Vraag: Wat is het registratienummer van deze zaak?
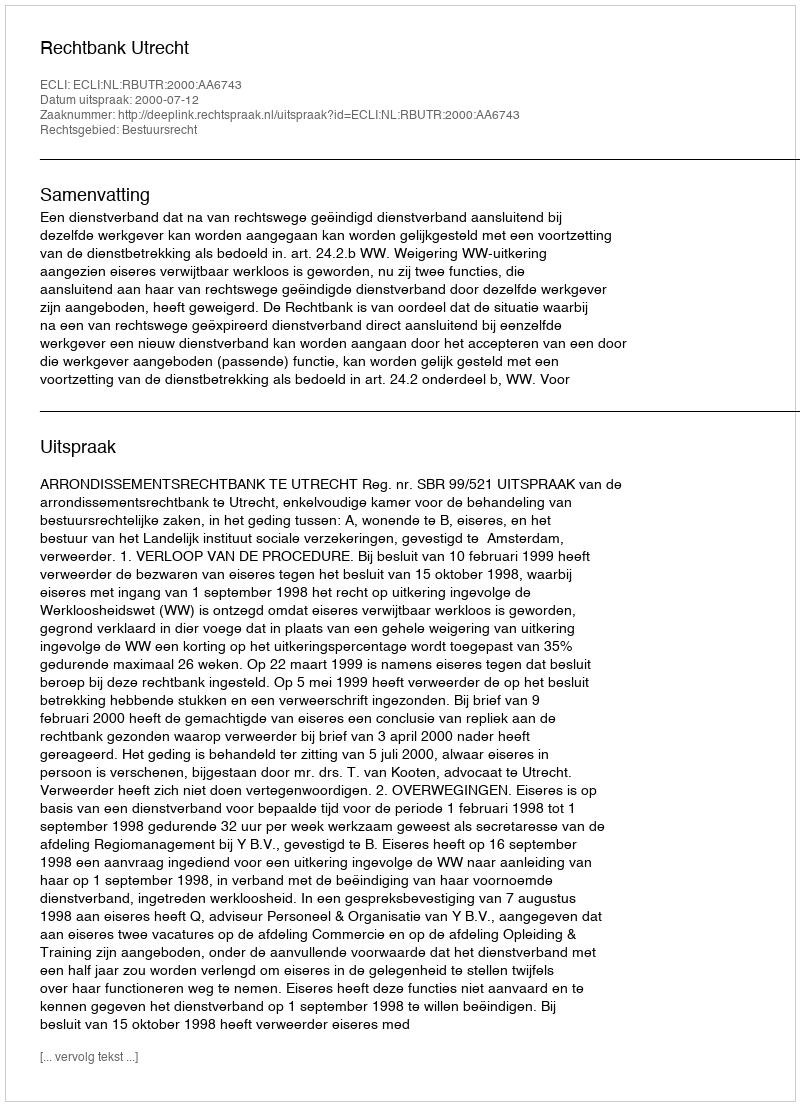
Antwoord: http://deeplink.rechtspraak.nl/uitspraak?id=ECLI:NL:RBUTR:2000:AA6743